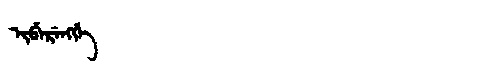
Manchu: ᡳᠪᡝᡵᡝᠩᡤᡝ
Romanization: IBERENGGE